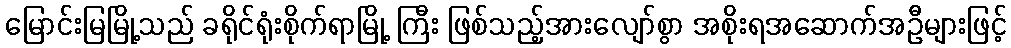
မြောင်းမြမြို့သည် ခရိုင်ရုံးစိုက်ရာမြို့ ကြီး ဖြစ်သည့်အားလျော်စွာ အစိုးရအဆောက်အဦများဖြင့်